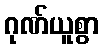
ဂုဏ်ယူစွာ